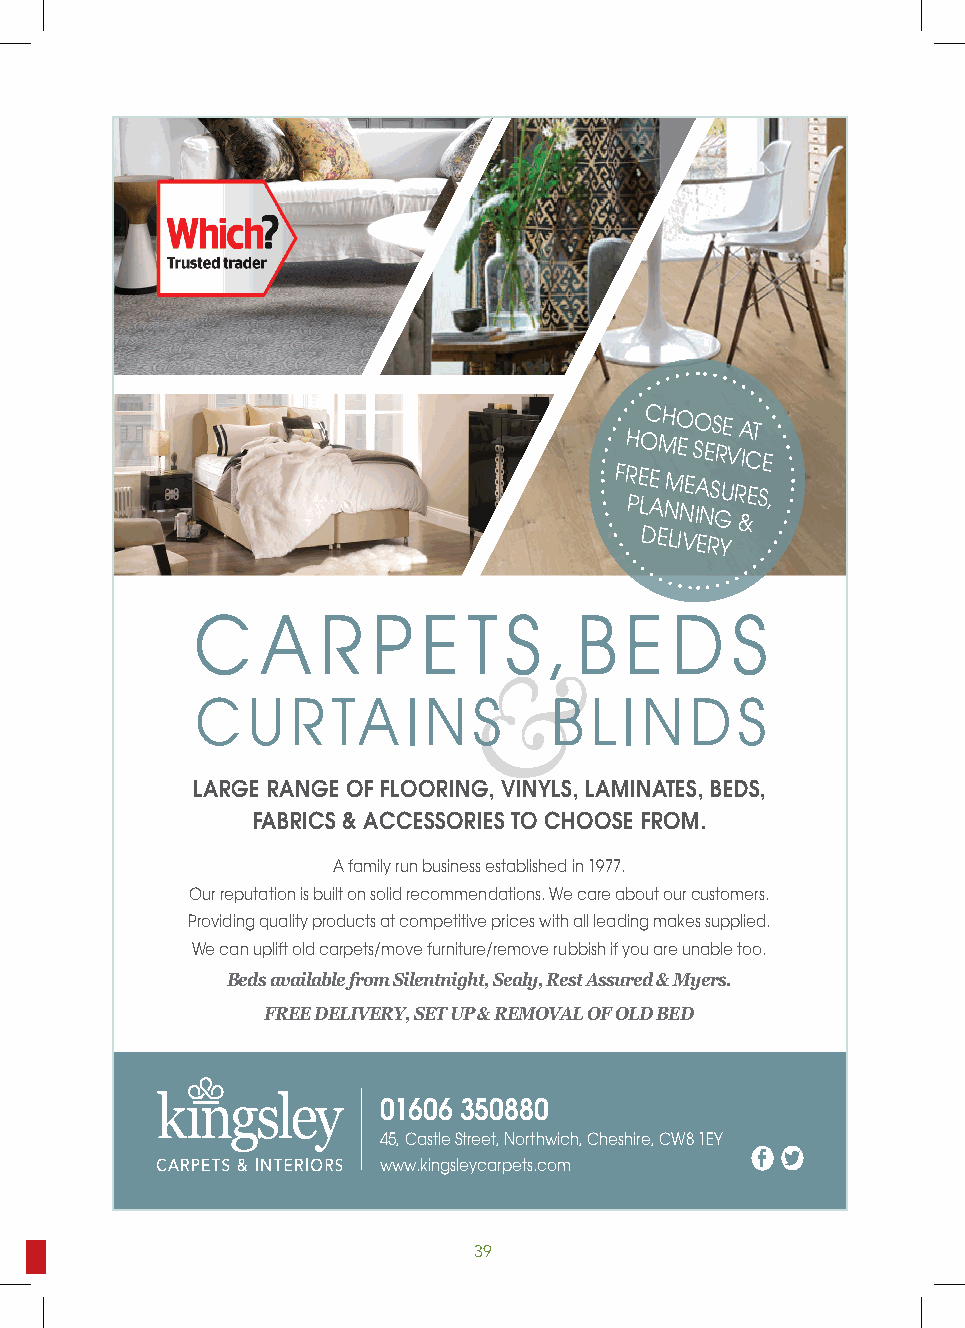
a r e LOG O
 Cl
 W
 e E
 i
 ul A
 J R
 •
 HOC MHO
 E
 SO ES RE
 V
 A ICT
 E
 FR PE LE
 A
 NM NE IA NS GU R &E S,
 DELIVERY
 C   A   R   P  E  T S  , B  E  D   S
 &
 CUR      TAINS         BLINDS
 LARGE RANGE OF FLOORING, VINYLS, LAMINATES, BEDS,
 FABRICS & ACCESSORIES TO CHOOSE FROM.
 A family run business established in 1977.
 Our reputation is built on solid recommendations. We care about our customers.
 Providing quality products at competitive prices with all leading makes supplied.
 We can uplift old carpets/move furniture/remove rubbish if you are unable too.
 Beds available from Silentnight, Sealy, Rest Assured & Myers.
 FREE DELIVERY, SET UP & REMOVAL OF OLD BED
 01606 350880
 45, Castle Street, Northwich, Cheshire, CW8 1EY
 www.kingsleycarpets.com
 To get in touch email ourtownmagazine@btconnect.com 3399